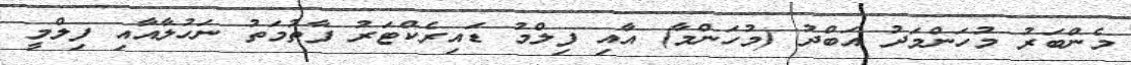
މެންބަރު މުހަންމަދު އަބްދު (މުހަންމާ) އާއި ފިލްމު ޑައިރެކްޓަރު ފާތުމަތު ނަހުލާއާއި ފިލްމީ